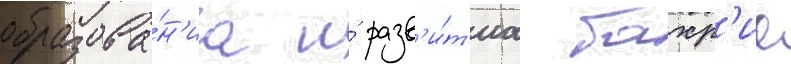
образова́н'иа и́ разв'и́т'иа бахр'ие